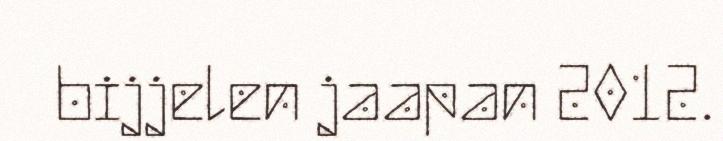
bijjelen jaapan 2012.